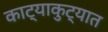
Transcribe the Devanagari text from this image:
काट्याकुट्यात